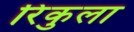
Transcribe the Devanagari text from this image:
रिंकुला